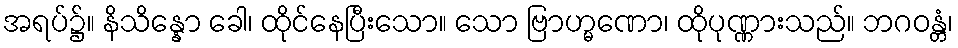
အရပ်၌။ နိသိန္နော ခေါ၊ ထိုင်နေပြီးသော။ သော ဗြာဟ္မဏော၊ ထိုပုဏ္ဏားသည်။ ဘဂဝန္တံ၊